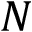
N